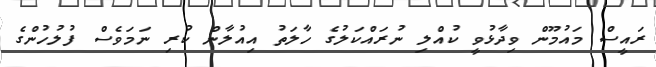
ރައީސް މައުމޫން ވިދާޅުވީ ކުއްލި ނުރައްކަލުގެ ހާލަތު އިއުލާން ކުރި ނަމަވެސް ފުލުހުންގެ